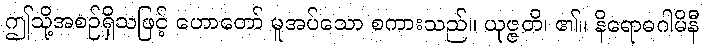
ဤသို့အစဉ်ရှိသဖြင့် ဟောတော် မူအပ်သော စကားသည်။ ယုဇ္ဇတိ၊ ၏။ နိရောဓဂါမိနီ